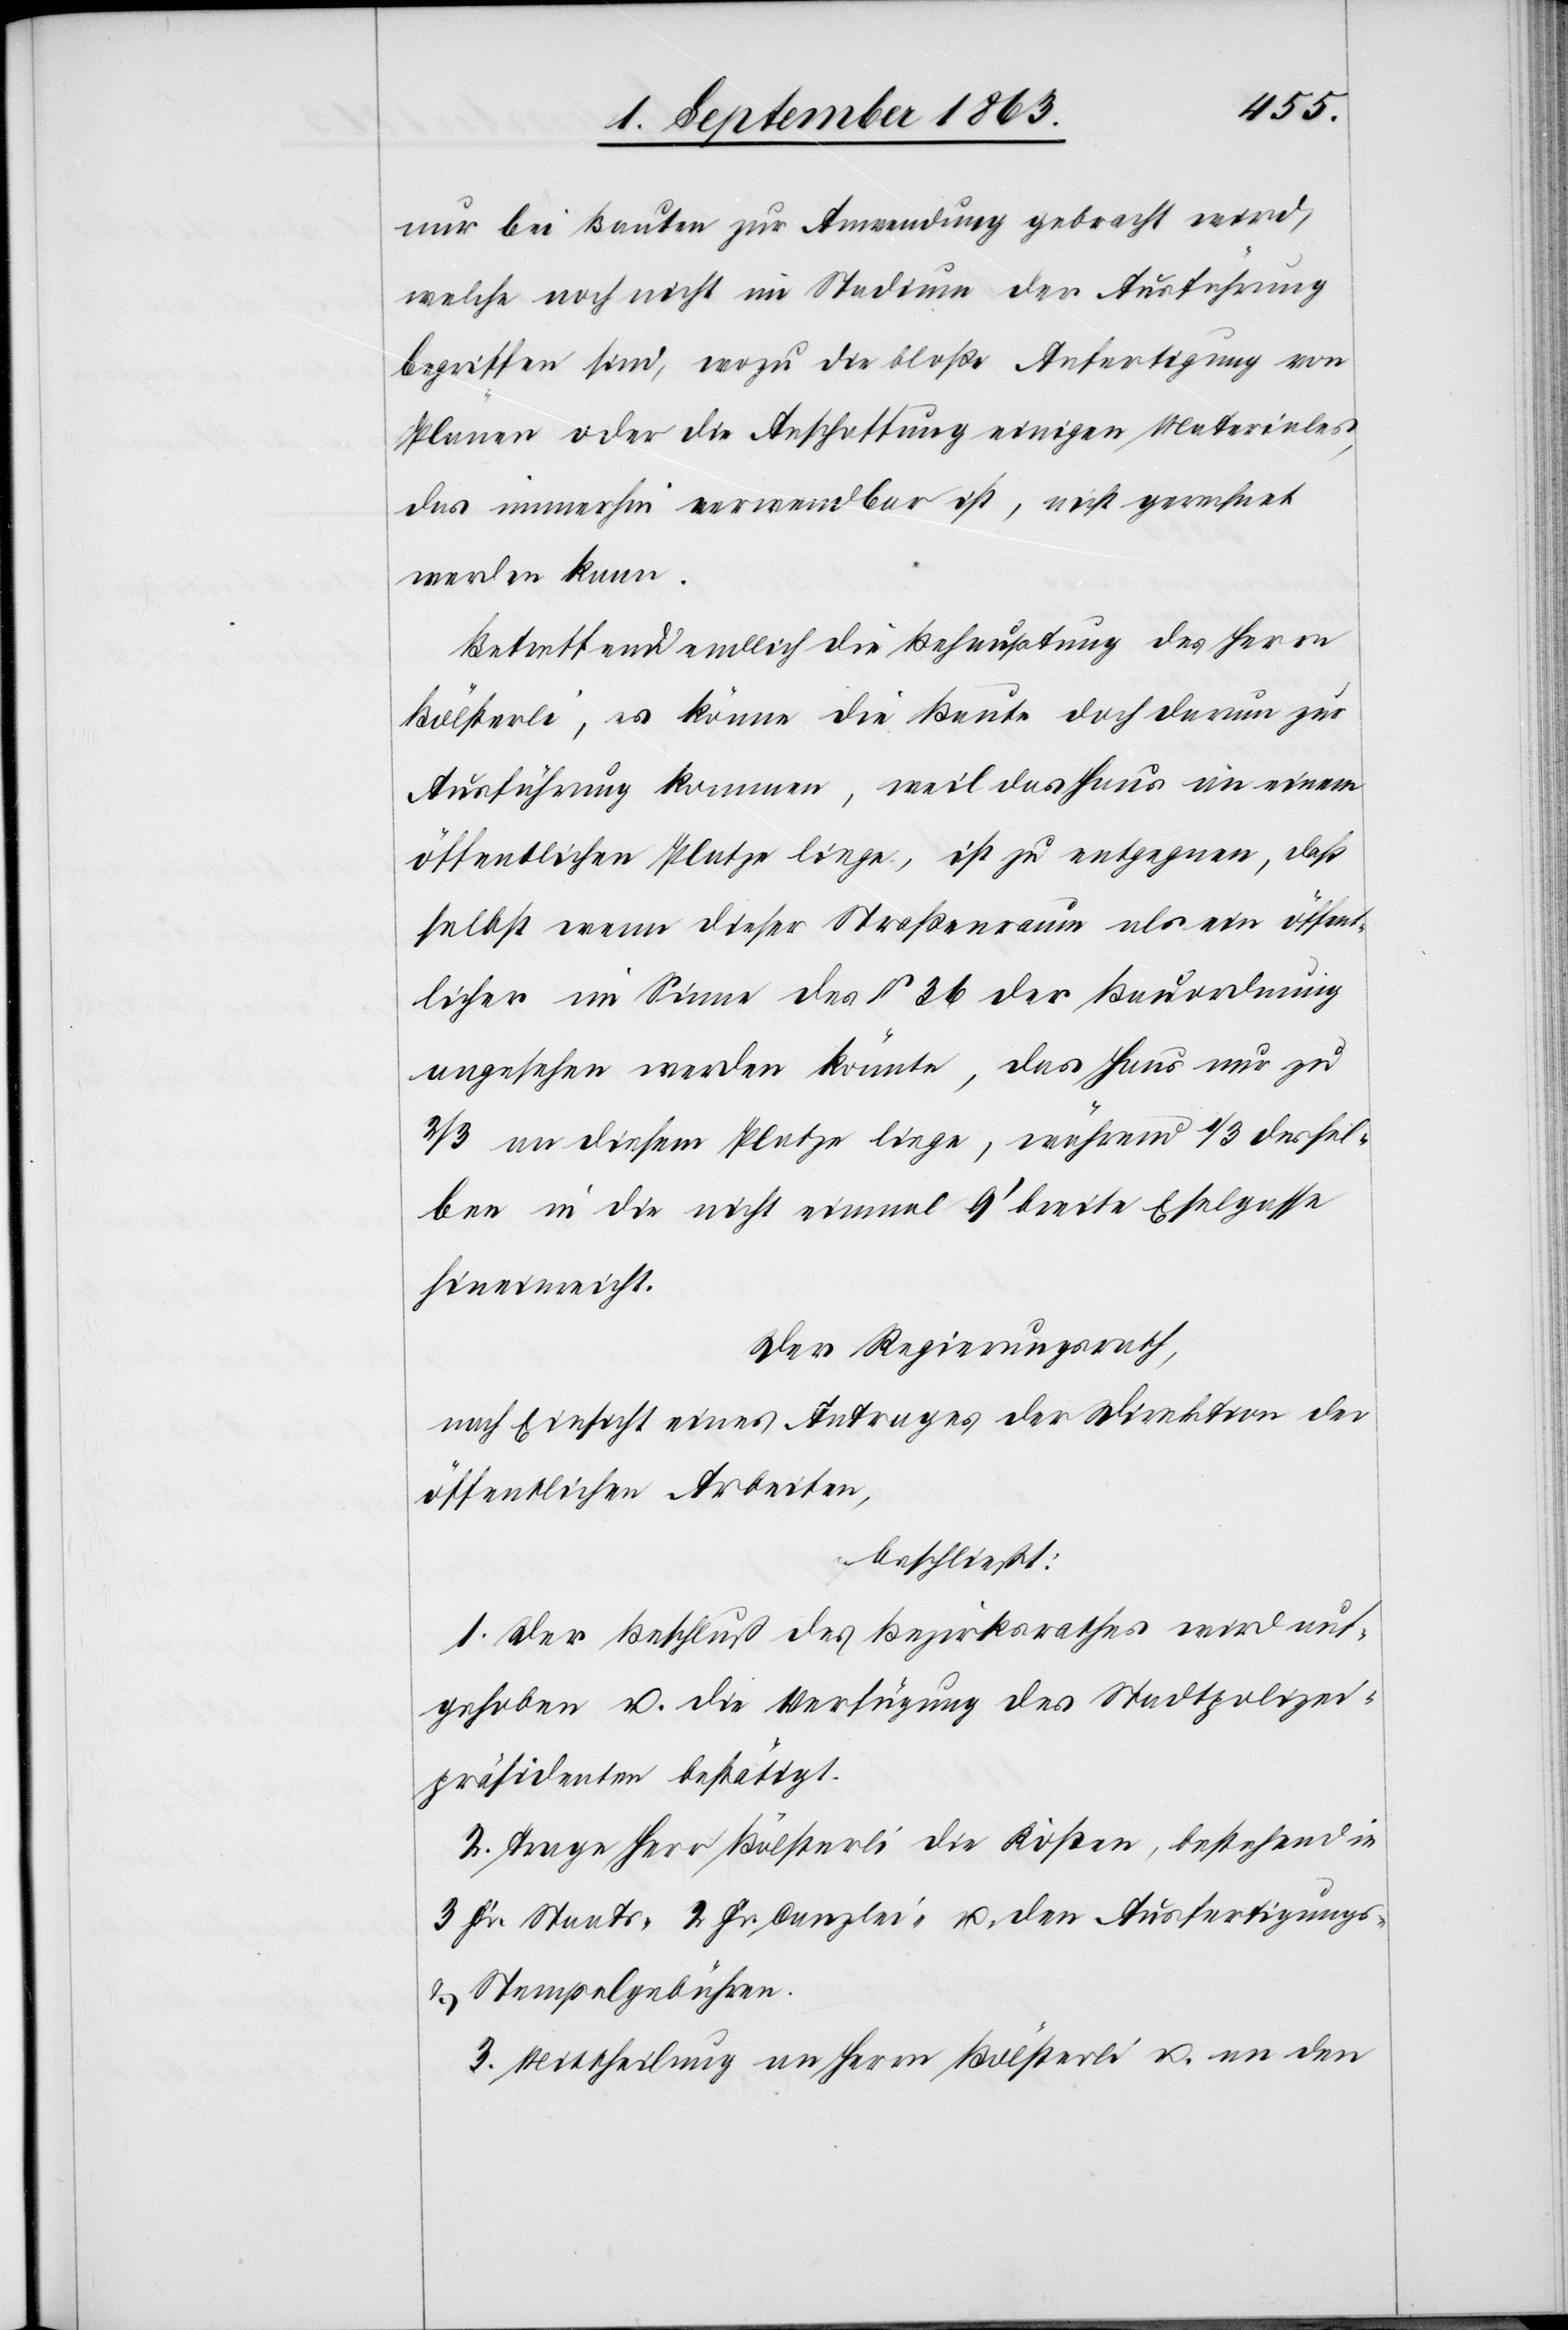
nur bei Bauten zur Anwendung gebracht wird,
welche noch nicht im Stadium der Ausführung
begriffen sind, wozu die bloße Anfertigung von
Plänen oder die Anschaffung einigen Materiales,
das immerhin verwendbar ist, nicht gerechnet
werden kann.
Betreffend endlich die Behauptung des Herrn
Bölsterli, es könne die Baute doch darum zur
Ausführung kommen, weil das Haus an einem
öffentlichen Platze liege, ist zu entgegnen, daß
selbst wenn dieser Straßenraum als ein öffent¬
licher im Sinne des § 36 der Bauordnung
angesehen werden könnte, das Haus nur zu
2/3 an diesem Platze liege, während 1/3 dessel¬
ben in die nicht einmal 9' breite Eselgasse
hineinreicht.
Der Regierungsrath,
nach Einsicht eines Antrages der Direktion der
öffentlichen Arbeiten,
beschließt:
1. Der Beschluß des Bezirksrath wird auf¬
gehoben u. die Verfügung des Stadtpolizei¬
präsidenten bestätigt.
2. Trage Herr Bölsterli die Kosten, bestehend in
3 Fr. Staats-[,] 2 Fr. Canzlei- u. den Ausfertigungs-
& Stempelgebühren.
3. Mittheilung an Herrn Bölsterli u. an den